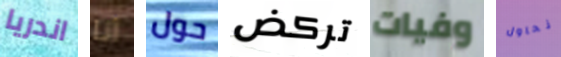
اندريا أنا حول تركض وفيات نحاول